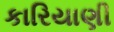
કારિયાણી